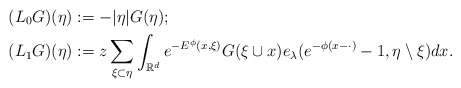
\begin{align*}(L_0 G)(\eta) &:= - |\eta| G(\eta);\\(L_1 G)(\eta) &:= z \sum_{\xi\subset\eta}\int_{{\mathbb R}^d}e^{-E^\phi(x,\xi)} G(\xi\cup x)e_\lambda(e^{-\phi (x -\cdot)}-1,\eta\setminus\xi) dx.\end{align*}